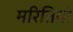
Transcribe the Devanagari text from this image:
मरितिमो